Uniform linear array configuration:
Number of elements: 12
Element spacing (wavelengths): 0.75
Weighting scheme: binomial
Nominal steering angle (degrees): -15
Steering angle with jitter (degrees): -14.988
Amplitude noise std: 0.05
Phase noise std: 0.05

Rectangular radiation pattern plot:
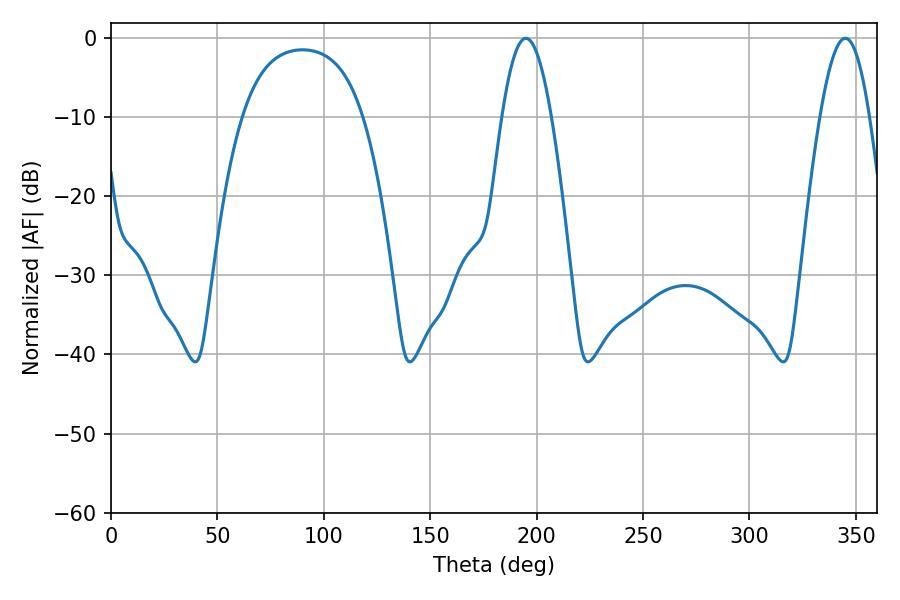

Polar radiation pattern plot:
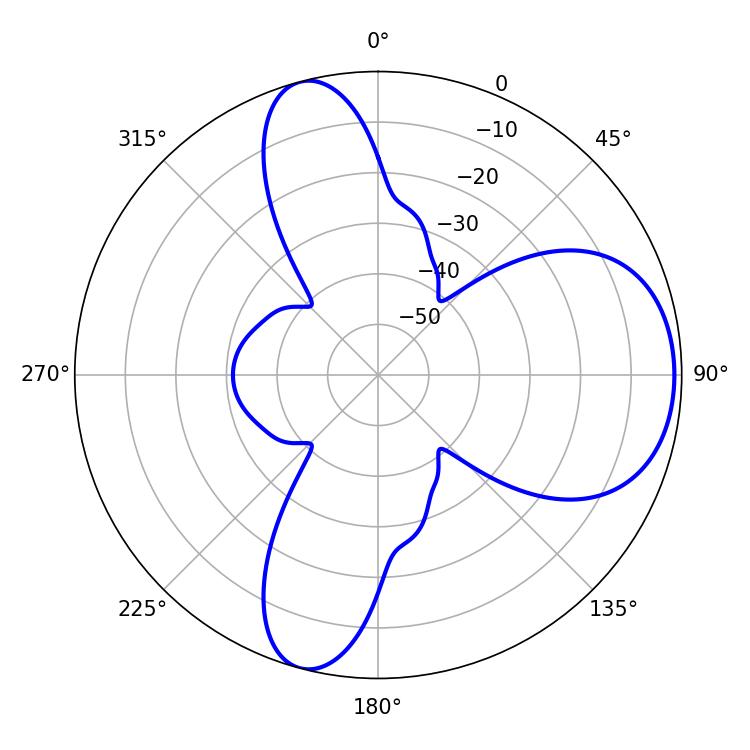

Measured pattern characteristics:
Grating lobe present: TRUE
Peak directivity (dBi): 7.645
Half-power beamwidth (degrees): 12.6
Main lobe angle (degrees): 194.94